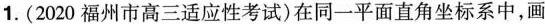
1.(2020福州市高三适应性考试)在同一平面直角坐标系中，画